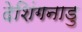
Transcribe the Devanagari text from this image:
देशिंगनाडु